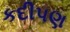
કદીપણ